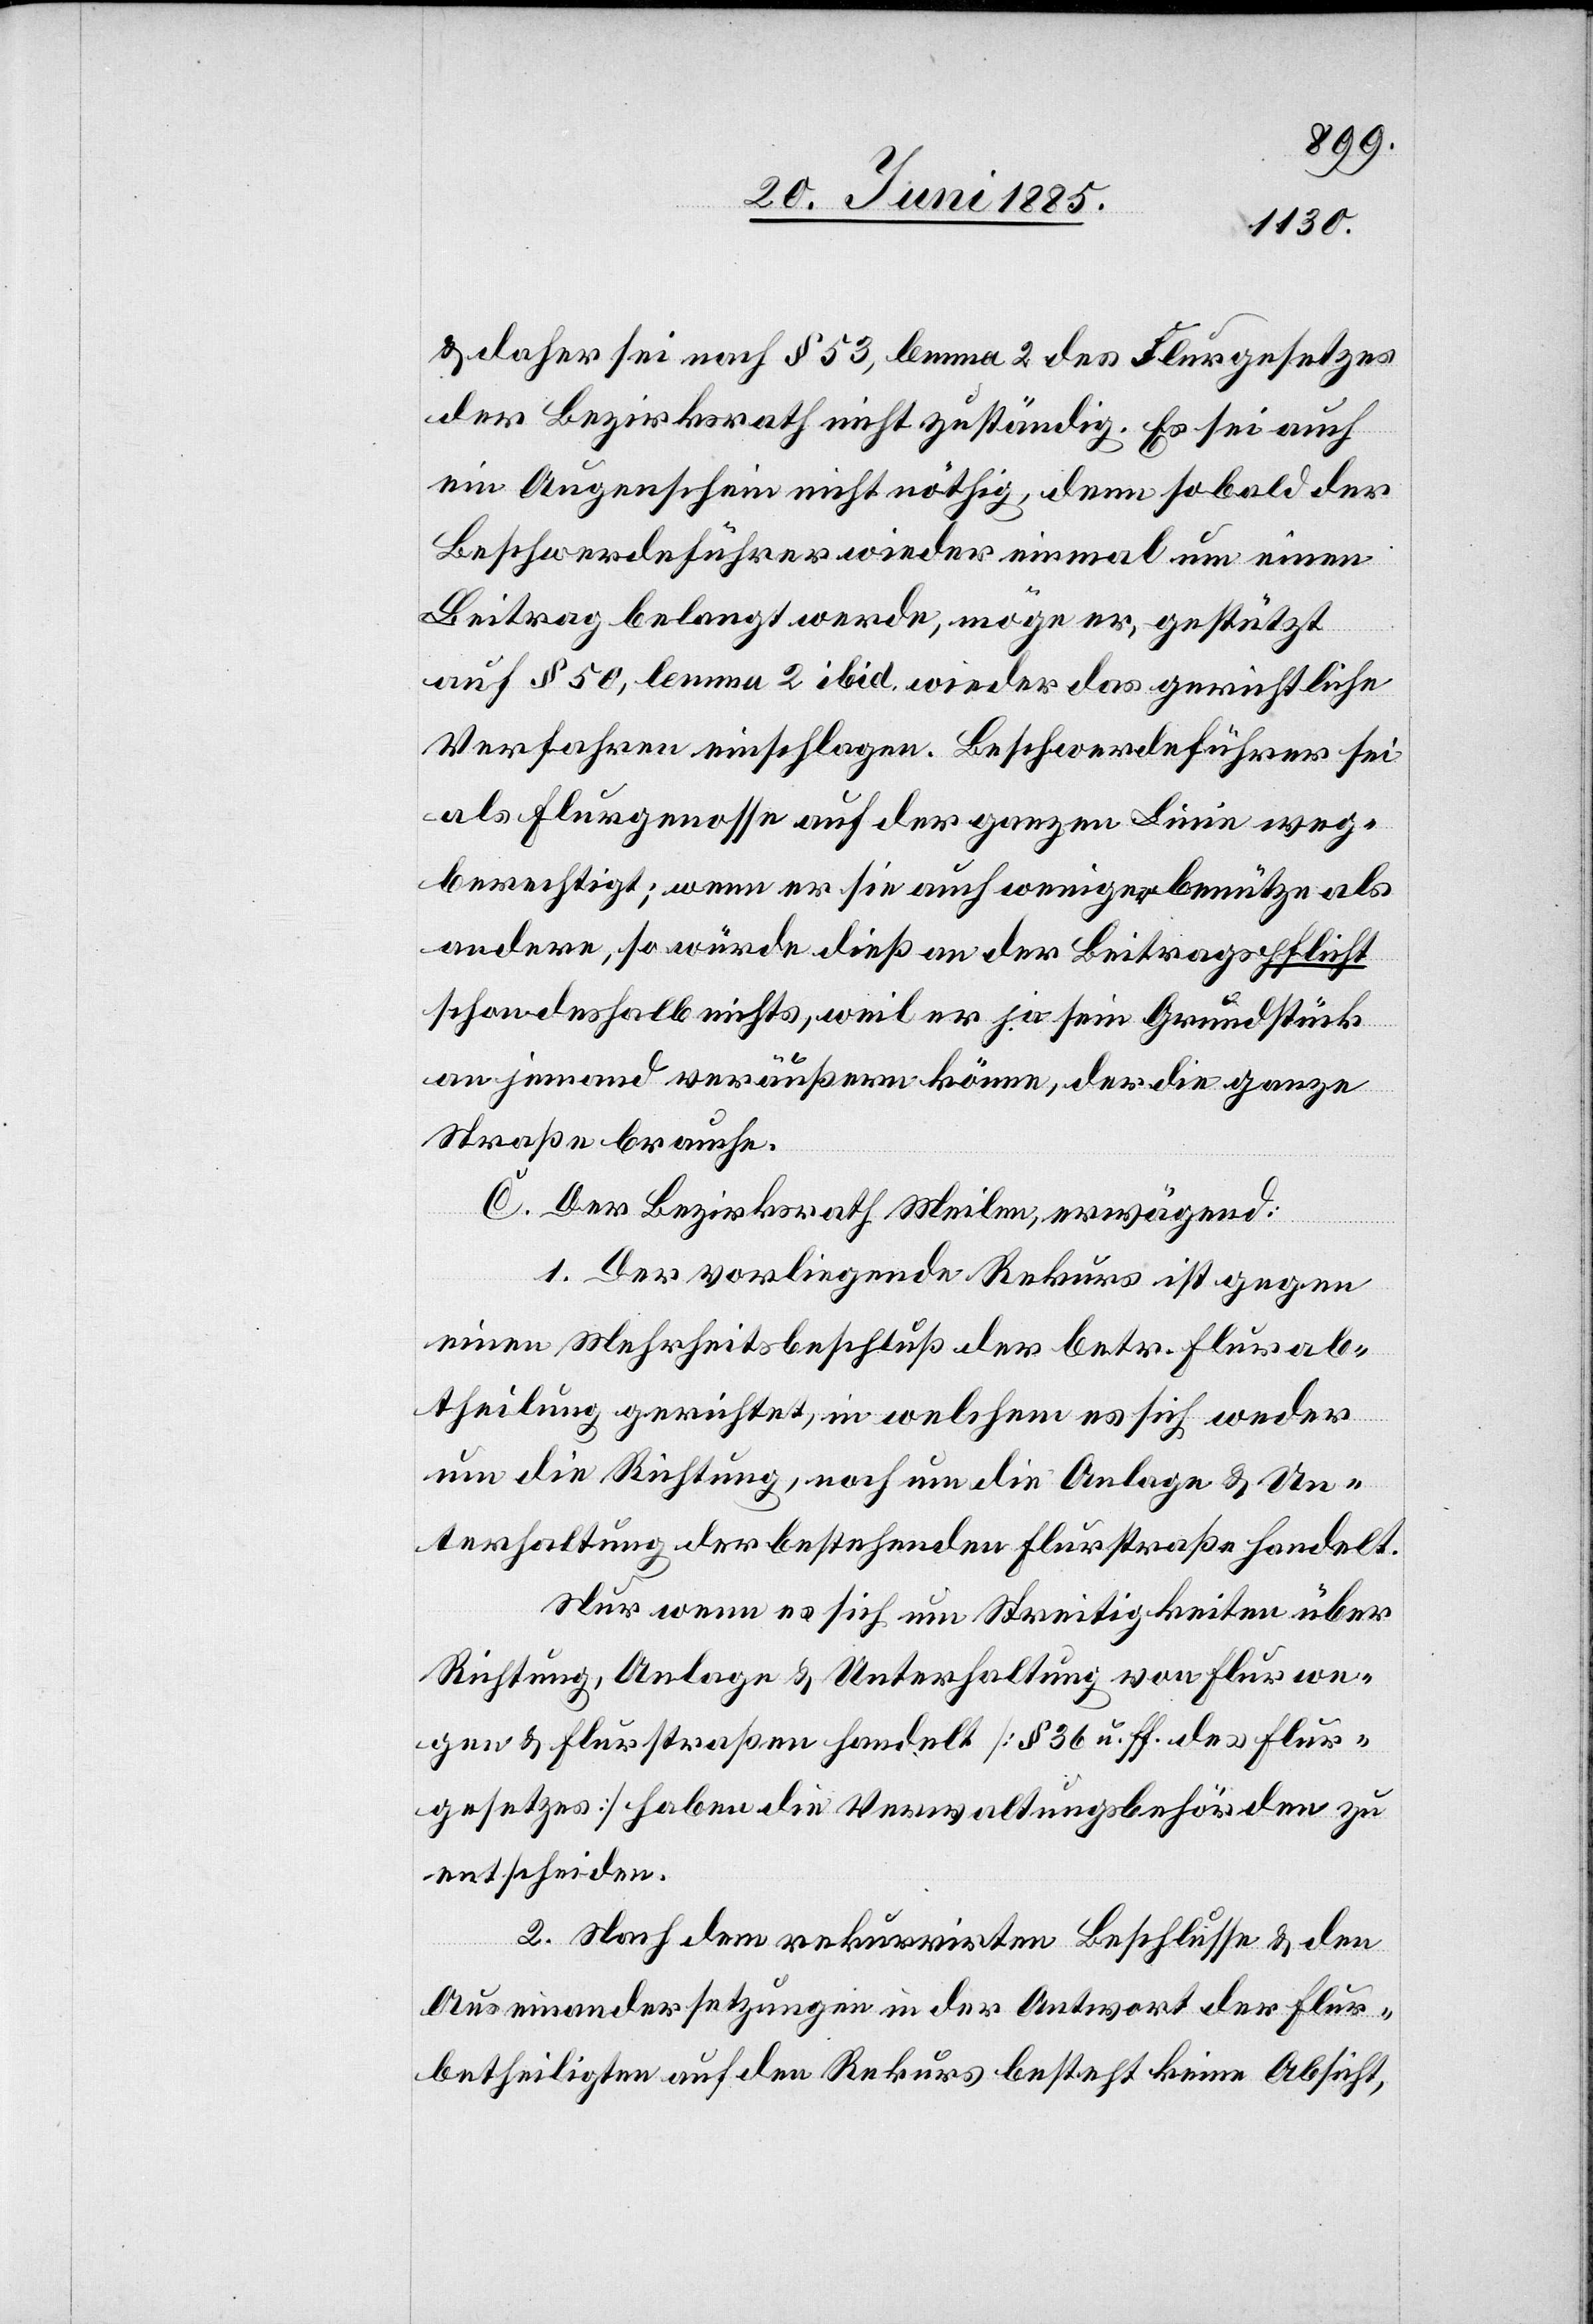
& daher sei nach § 53, lemma 2 des Flurgesetzes
der Bezirksrath nicht zuständig. Es sei auch
ein Augenschein nicht nöthig, denn sobald der
Beschwerdeführer wieder einmal um einen
Beitrag belangt werde, möge er, gestützt
auf § 50, lemma 2 ibid. wieder das gerichtliche
Verfahren einschlagen. Beschwerdeführer sei
als Flurgenosse auf der ganzen Linie weg¬
berechtigt; wenn er sie auch weniger benütze als
andere, so würde dieß an der Beitragspflicht
schon deshalb nichts [ändern], weil er ja sein Grundstück
an jemand veräußern könne, der die ganze
Straße brauche.
C. Der Bezirksrath Meilen, erwägend:
1. Der vorliegende Rekurs ist gegen
einen Mehrheitsbeschluß der betr. Flurab¬
theilung gerichtet, in welchem es sich weder
um die Richtung, noch um die Anlage & Un¬
terhaltung der bestehenden Flurstraße handelt.
Nur wenn es sich um Streitigkeiten über
Richtung, Anlage & Unterhaltung von Flurwe¬
gen & Flurstraßen handelt [§ 36 u. ff. des Flur¬
gesetzes] haben die Verwaltungsbehörden zu
entscheiden.
2. Nach dem rekurrirten Beschlusse & den
Auseinandersetzungen in der Antwort der Flur¬
betheiligten auf den Rekurs besteht keine Absicht,